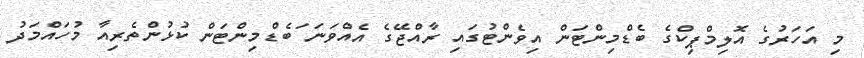
މި އަހަރުގެ އޮލިމްޕިކްގެ ބެޑްމިންޓަން އިވެންޓުގައި ރާއްޖޭގެ އެއްވަނަ ަބެޑްމިންޓަން ކުޅުންތެރިއާ މުހައްމަދު